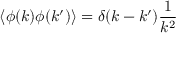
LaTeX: \left\langle \phi ( k ) \phi ( k ^ { \prime } ) \right\rangle = \delta ( k - k ^ { \prime } ) { \frac { 1 } { k ^ { 2 } } }